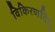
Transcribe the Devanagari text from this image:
विकिरणविंदु